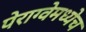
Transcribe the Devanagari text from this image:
पेराग्वेमध्येच